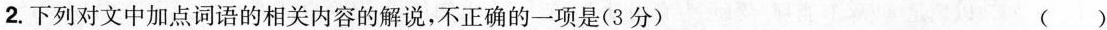
2.下列对文中加点词语的相关内容的解说，不正确的一项是(3分) ()